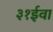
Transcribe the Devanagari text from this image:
३१ईवा